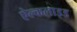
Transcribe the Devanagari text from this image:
ऐल्कलाइड